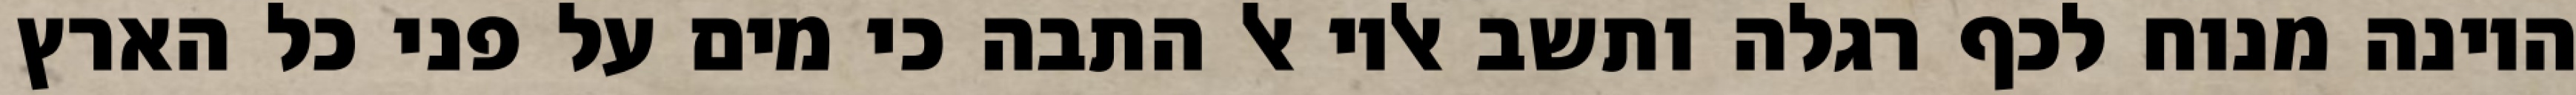
היונה מנוח לכף רגלה ותשב אליו אל התבה כי מים על פני כל הארץ